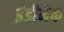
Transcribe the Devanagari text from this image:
इंडीमैक